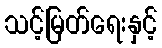
သင့်မြတ်ရေးနှင့်